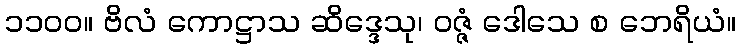
၁၁၀၀။ ဗိလံ ကောဋ္ဌာသ ဆိဒ္ဒေသု၊ ဝဇ္ဇံ ဒေါသေ စ ဘေရိယံ။